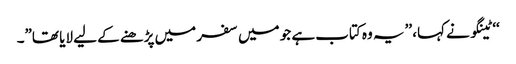
‘‘ ٹینگو نے کہا، ’’یہ وہ کتاب ہے جو میں سفر میں پڑھنے کے لیے لایا تھا”۔